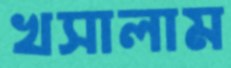
খসালাম